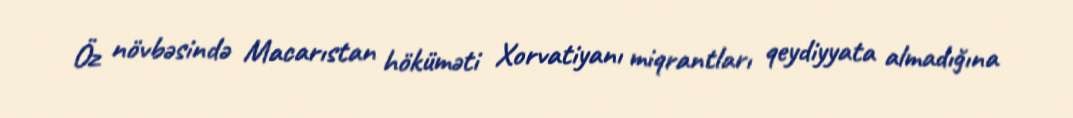
Öz növbəsində Macarıstan höküməti Xorvatiyanı miqrantları qeydiyyata almadığına